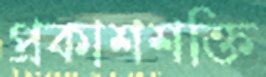
প্রকাশশক্তি